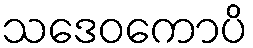
သဒေဝကောပိ